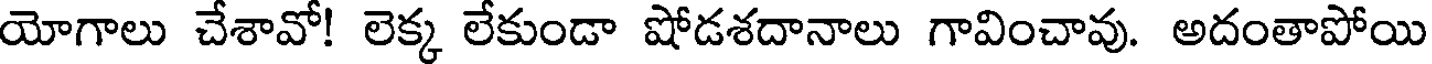
యోగాలు చేశావో! లెక్క లేకుండా షోడశదానాలు గావించావు. అదంతాపోయి